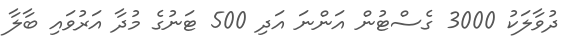
ދުވާލަކު 3000 ގެސްޓުން އަންނަ އަދި 500 ޓަނުގެ މުދާ އަރުވައި ބާލާ